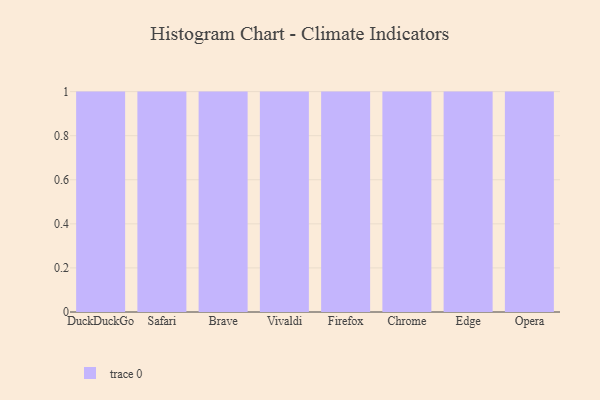
{"axis": {"x": "Browser", "y": "Budget (USD K)"}, "legend": [""], "data": [{"x": "DuckDuckGo", "y": 98, "type": ""}, {"x": "Safari", "y": 59, "type": ""}, {"x": "Brave", "y": 38, "type": ""}, {"x": "Vivaldi", "y": 5, "type": ""}, {"x": "Firefox", "y": 94, "type": ""}, {"x": "Chrome", "y": 50, "type": ""}, {"x": "Edge", "y": 65, "type": ""}, {"x": "Opera", "y": 5, "type": ""}]}